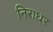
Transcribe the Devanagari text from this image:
निराधर